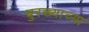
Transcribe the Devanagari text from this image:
बुरख्याच्या